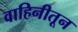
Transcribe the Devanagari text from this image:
वाहिनीतून